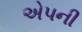
એપની